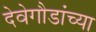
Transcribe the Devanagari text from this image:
देवेगौडांच्या